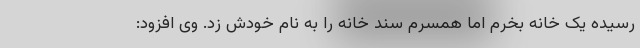
رسیده یک خانه بخرم اما همسرم سند خانه را به نام خودش زد. وی افزود: